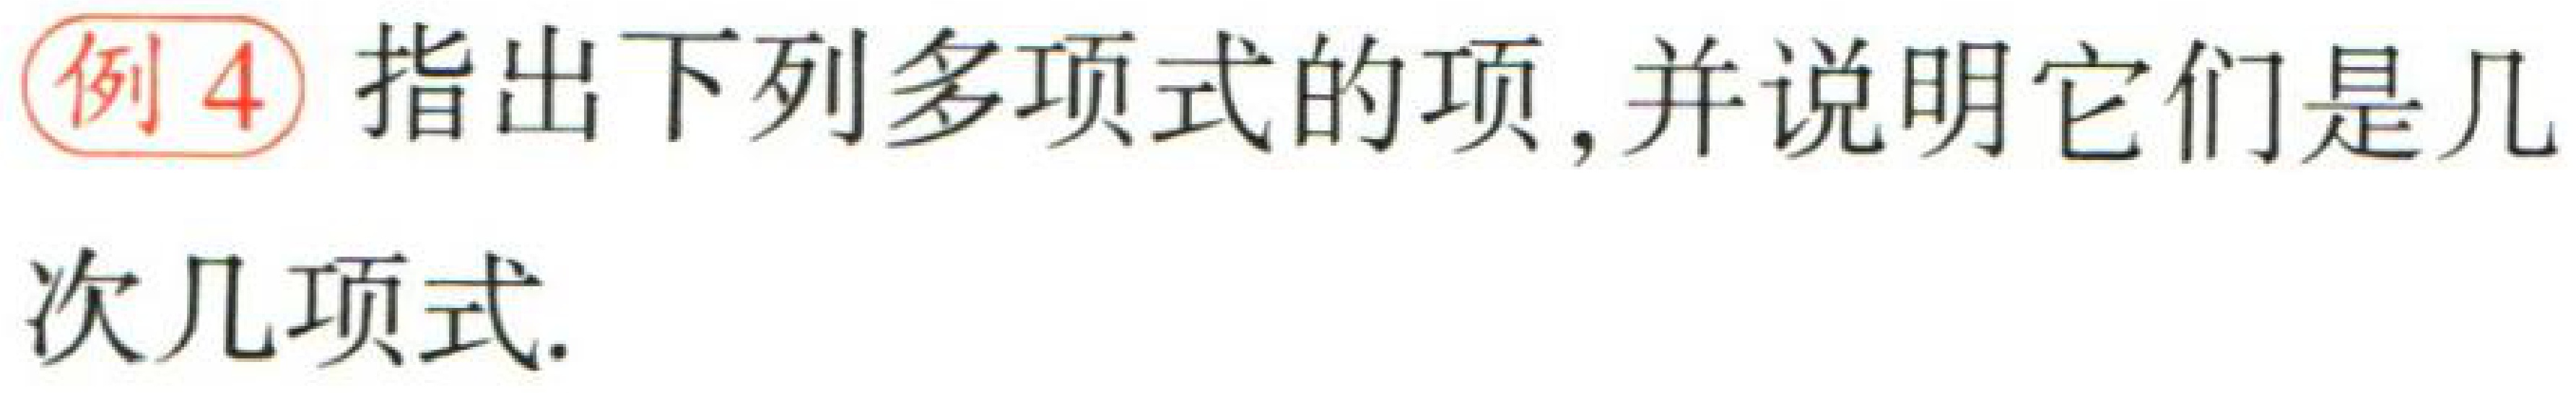
例4 指出下列多项式的项, 并说明它们是几

次几项式.